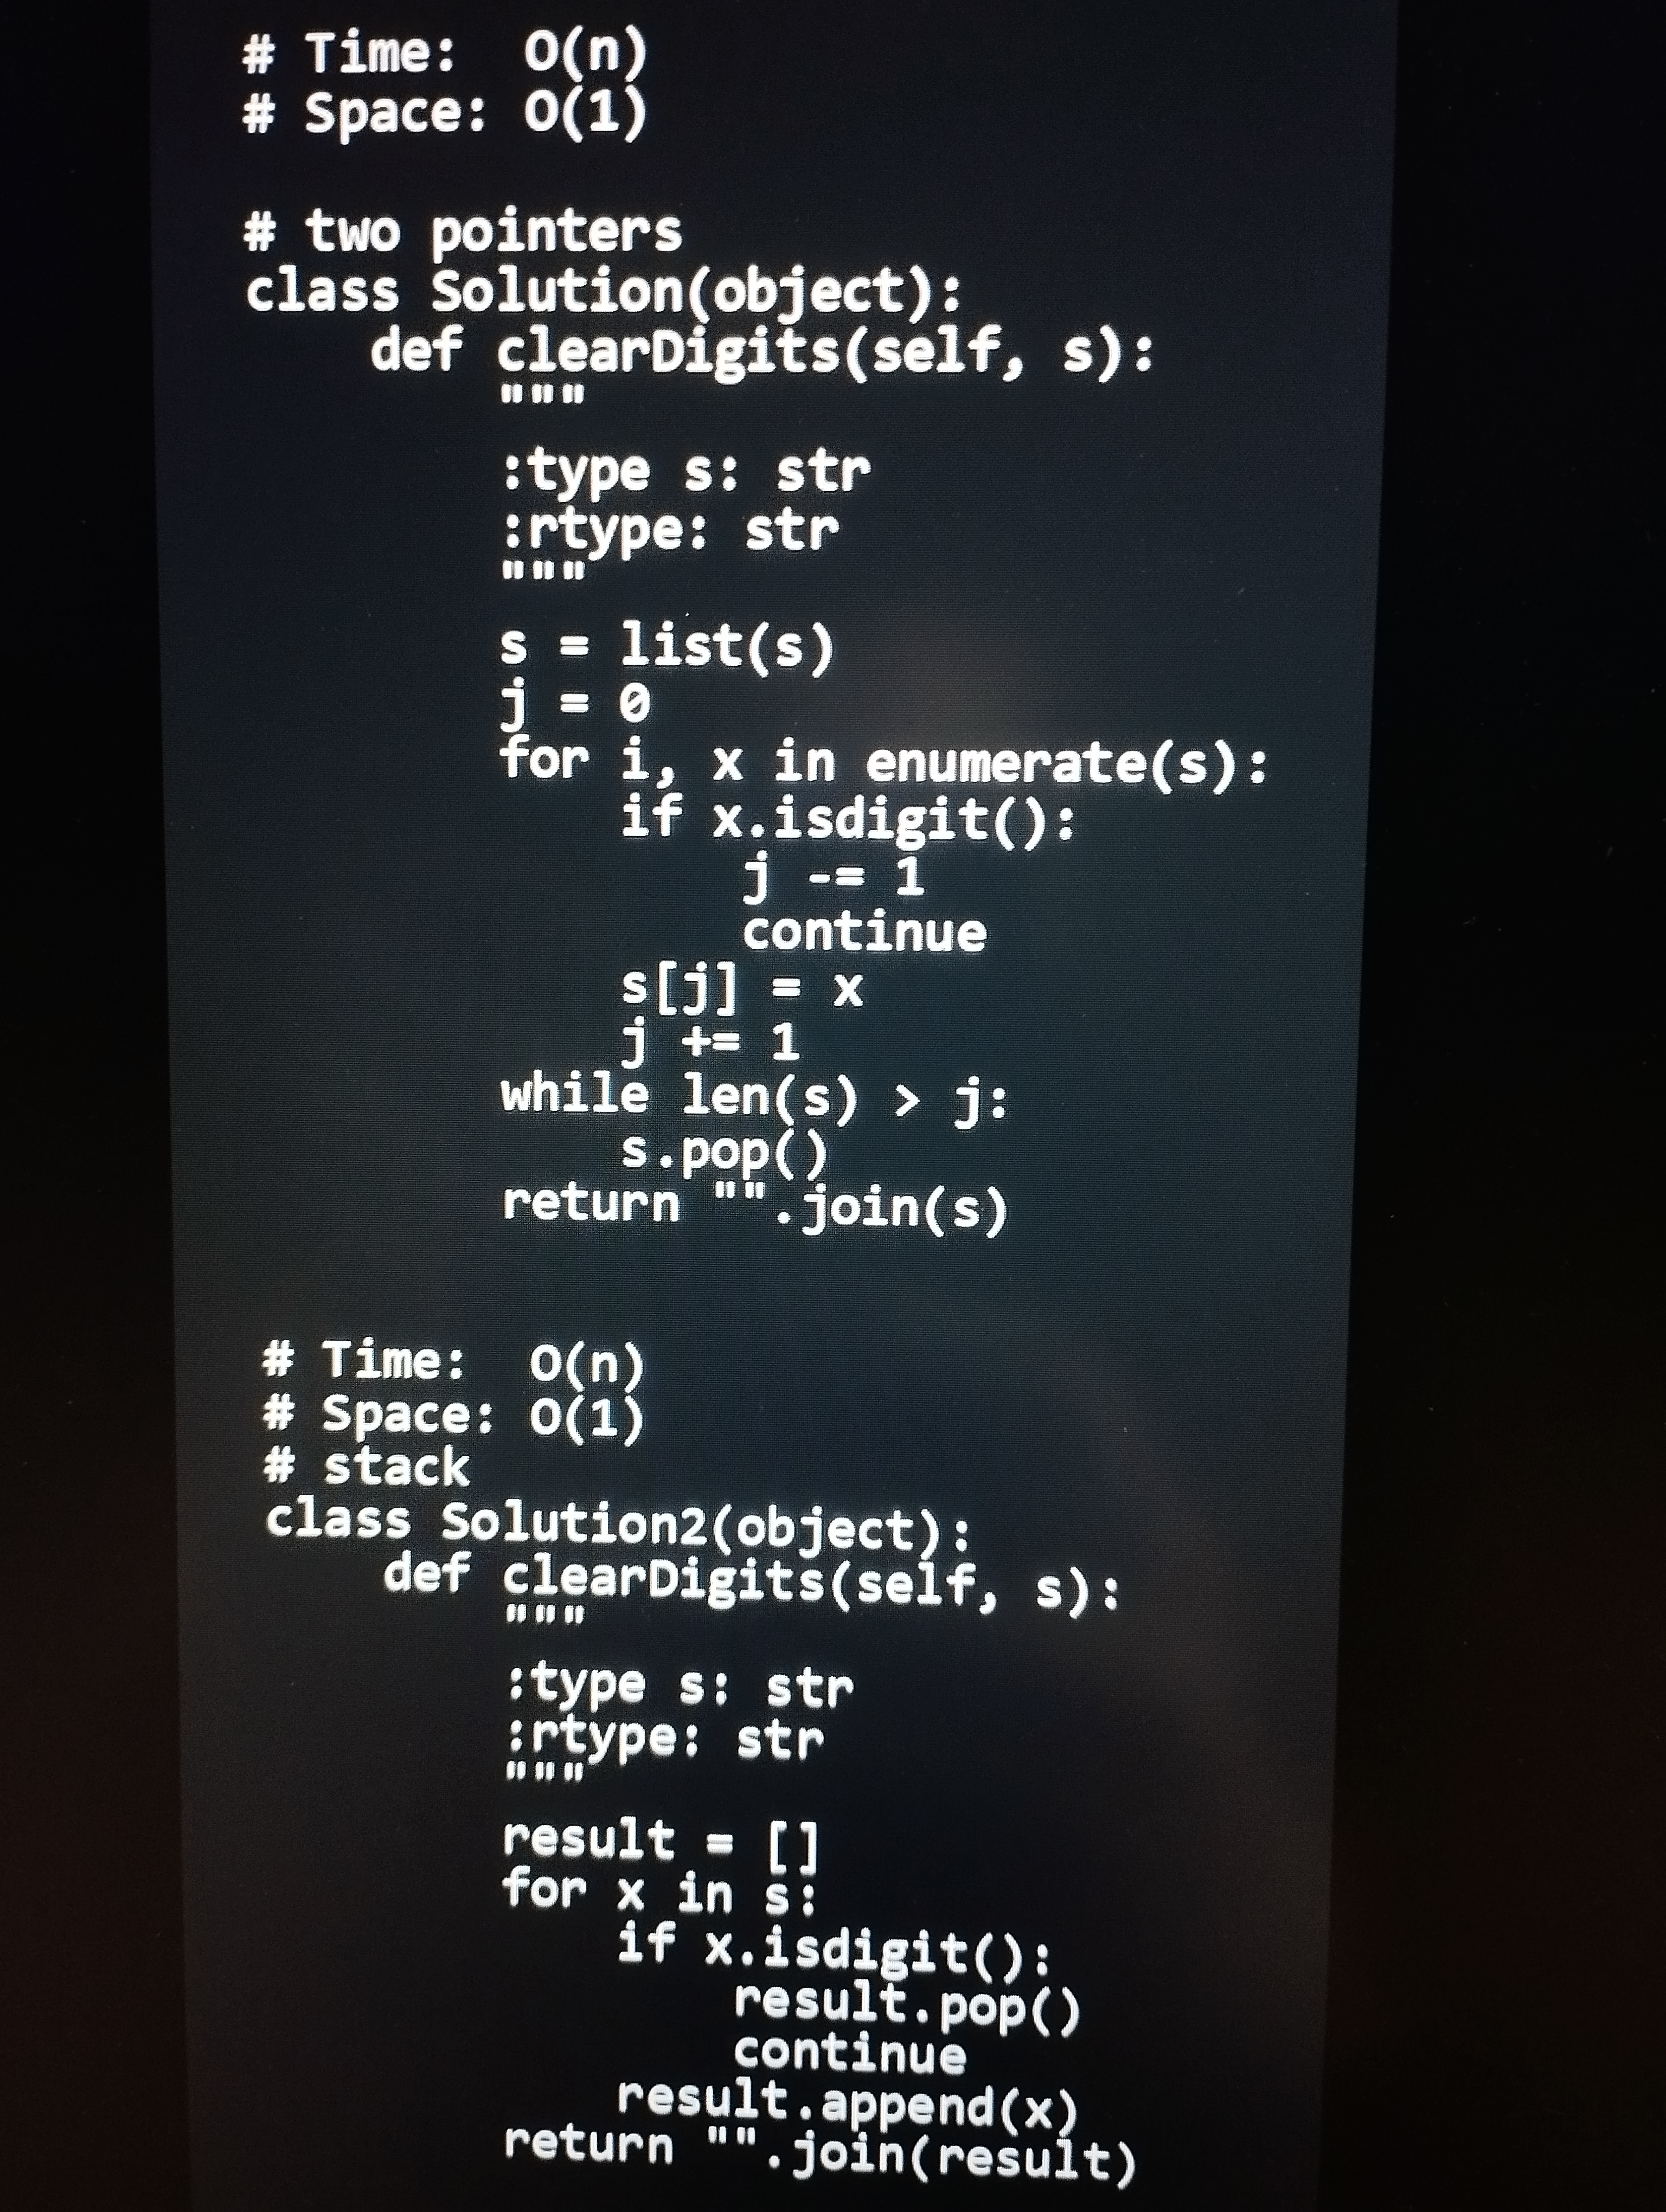
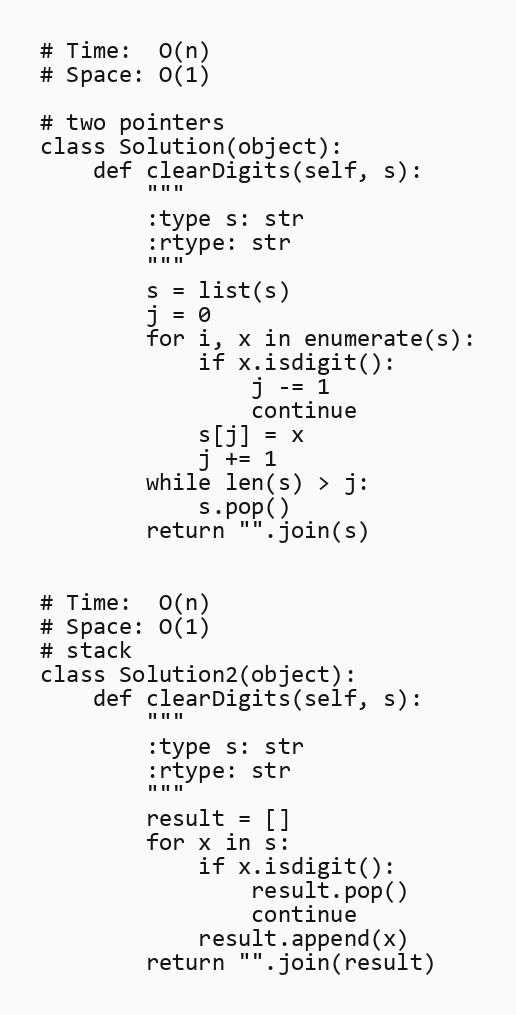
# Time:  O(n)
# Space: O(1)

# two pointers
class Solution(object):
    def clearDigits(self, s):
        """
        :type s: str
        :rtype: str
        """
        s = list(s)
        j = 0
        for i, x in enumerate(s):
            if x.isdigit():
                j -= 1
                continue
            s[j] = x
            j += 1
        while len(s) > j:
            s.pop()
        return "".join(s)

# Time:  O(n)
# Space: O(1)
# stack
class Solution2(object):
    def clearDigits(self, s):
        """
        :type s: str
        :rtype: str
        """
        result = []
        for x in s:
            if x.isdigit():
                result.pop()
                continue
            result.append(x)
        return "".join(result)